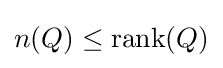
n(Q)\leq {\text{rank}}(Q)